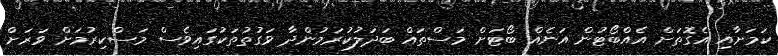
ކަމަށާއި އެގޮތަށް އެއްބޯޓުން އަނެއް ބޯޓަށް މަސްތައް ބަދަލުކުރަމުންދާ ވަގުތުތަކުގައިވެސް މަސްކިރުމަށް ވަރަށް